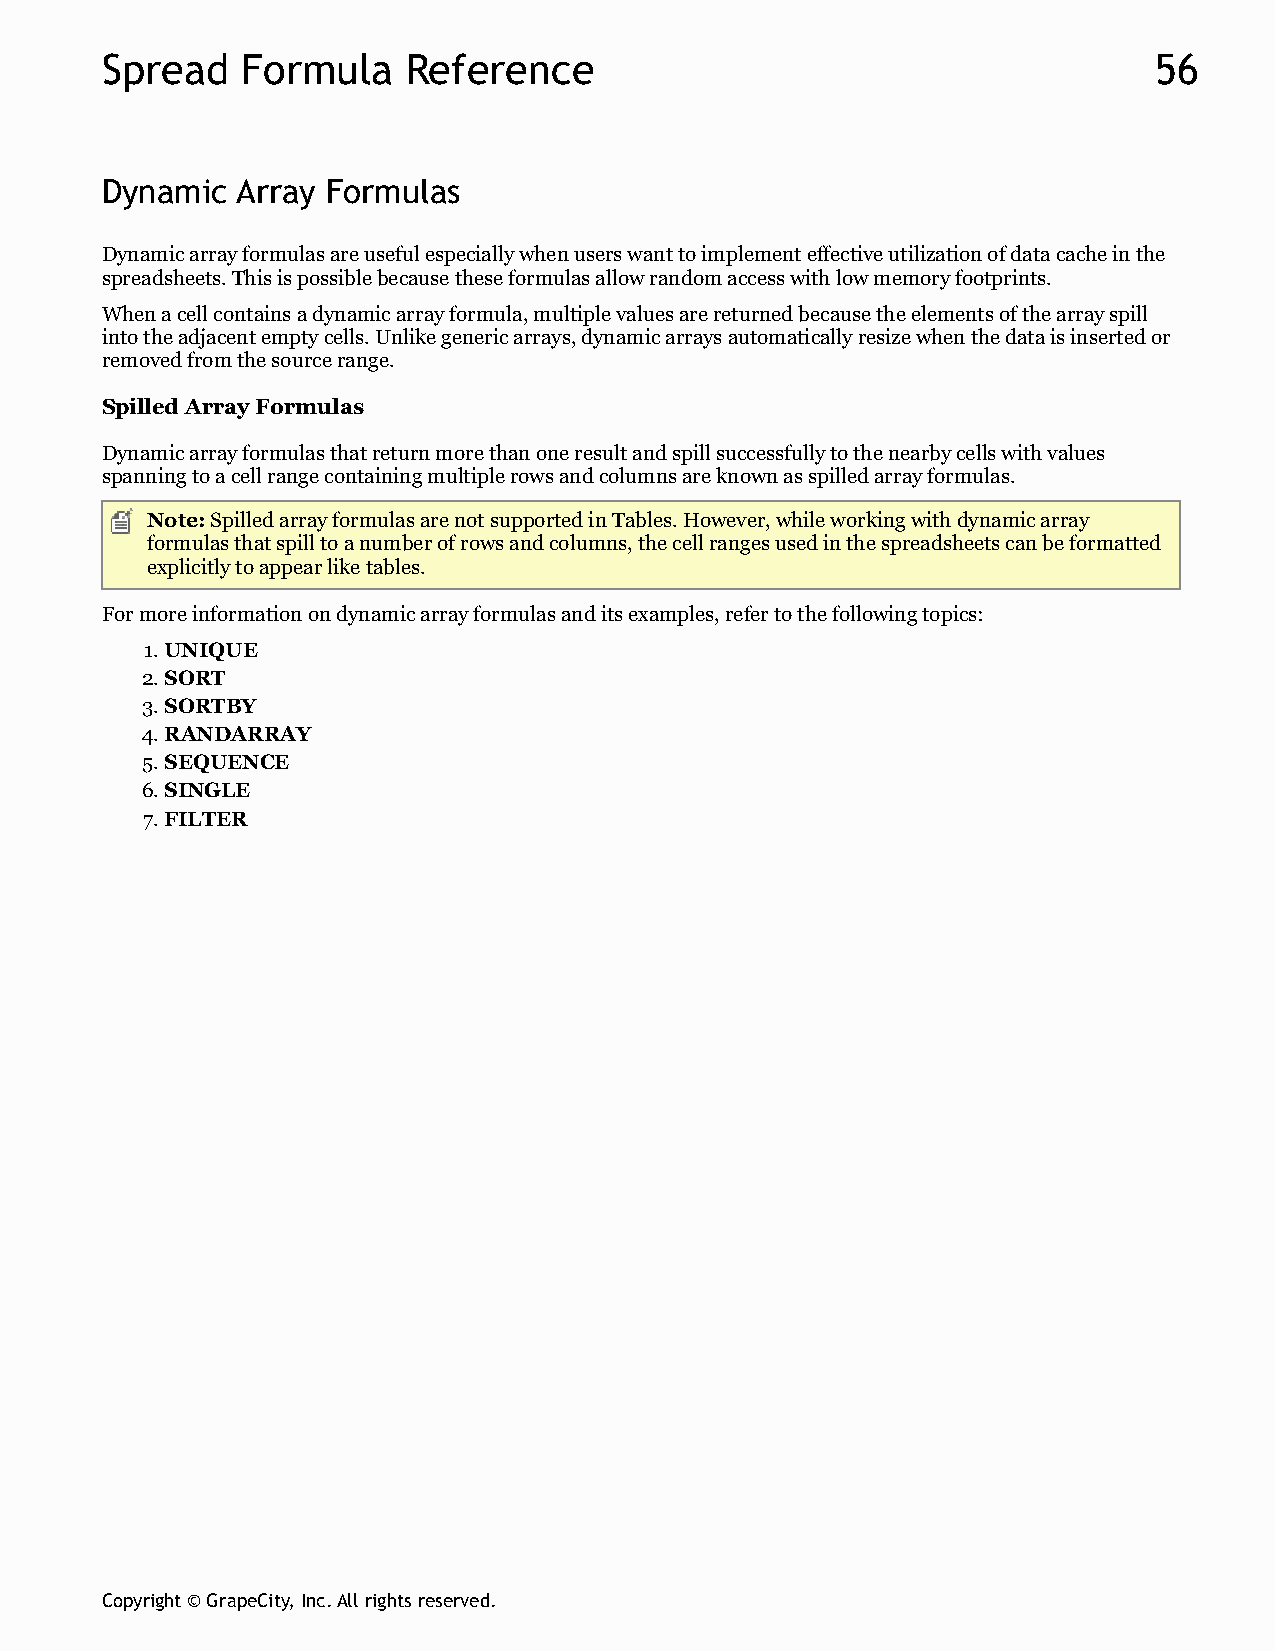
Spread   Formula    Reference                                        56
 Dynamic  Array Formulas
 Dynamic array formulas are useful especially when users want to implement effective utilization of data cache in the
 spreadsheets. This is possible because these formulas allow random access with low memory footprints.
 When a cell contains a dynamic array formula, multiple values are returned because the elements of the array spill
 into the adjacent empty cells. Unlike generic arrays, dynamic arrays automatically resize when the data is inserted or
 removed from the source range.
 Spilled Array Formulas
 Dynamic array formulas that return more than one result and spill successfully to the nearby cells with values
 spanning to a cell range containing multiple rows and columns are known as spilled array formulas.
 Note: Spilled array formulas are not supported in Tables. However, while working with dynamic array
 formulas that spill to a number of rows and columns, the cell ranges used in the spreadsheets can be formatted
 explicitly to appear like tables.
 For more information on dynamic array formulas and its examples, refer to the following topics:
 1. UNIQUE
 2. SORT
 3. SORTBY
 4. RANDARRAY
 5. SEQUENCE
 6. SINGLE
 7. FILTER
 Copyright © GrapeCity, Inc. All rights reserved.